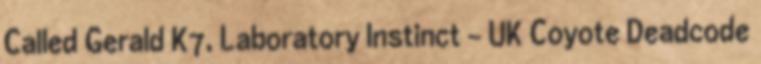
Called Gerald K7, Laboratory Instinct - UK Coyote Deadcode